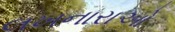
લખનારાઓ